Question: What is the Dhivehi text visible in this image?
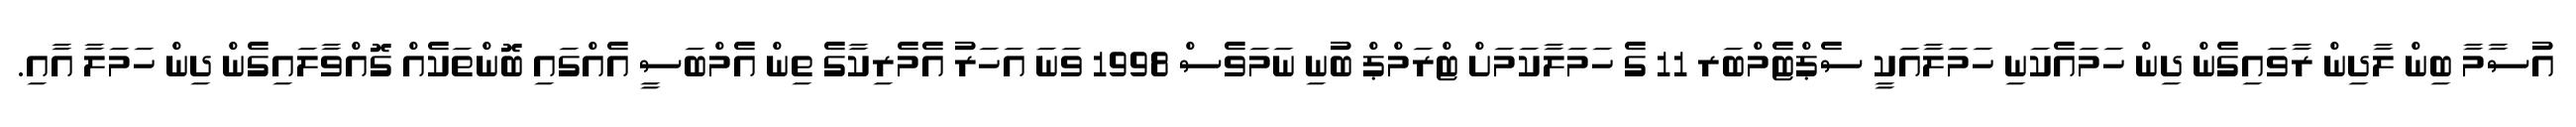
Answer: އުސާމާ ބިން ލާދިން ރާވައިގެން ދިން ހަމައެކަނި ހަމަލާއަކީ ސެޕްޓެމްބަރ 11 ގެ ހަމަލާކަމަށް ޓްރަމްޕް ބުނި ނަމަވެސް 1998 ވަނަ އަހަރު އެމެރިކާގެ ތިން އެމްބަސީ އެއްގައި ބޮންތަކެއް ގޮއްވާލައިގެން ދިން ހަމަލާ އާއި.